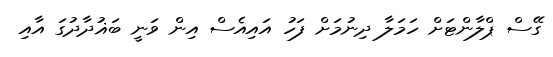
ގޭސް ޕްލާންޓަށް ހަމަލާ ދިނުމަށް ފަހު އައިއެސް އިން ވަނީ ބަޣުދާދުގަ އާއި